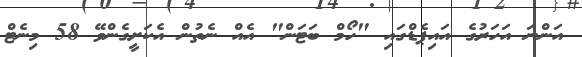
އަންނަ އަހަރުގެ އައިޕެޑްގައި "ހޯމް ބަޓަން" އެއް ނެތުން އެކަށީގެންވޭ 58 މިނެޓް